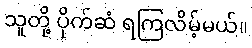
သူတို့ ပိုက်ဆံ ရကြလိမ့်မယ်။